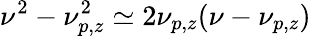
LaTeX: \nu^{2}-\nu_{p,z}^{2}\simeq 2\nu_{p,z}(\nu-\nu_{p,z})